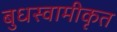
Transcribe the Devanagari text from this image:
बुधस्वामीकृत